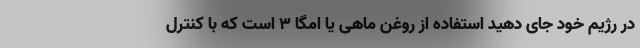
در رژیم خود جای دهید استفاده از روغن ماهی یا امگا ۳ است که با کنترل